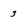
Character: 3